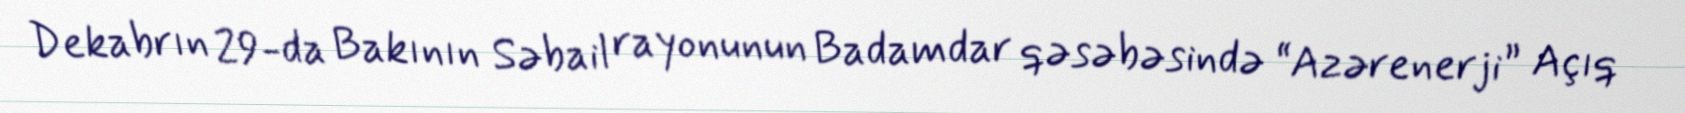
Dekabrın 29-da Bakının Səbail rayonunun Badamdar qəsəbəsində “Azərenerji” Açıq